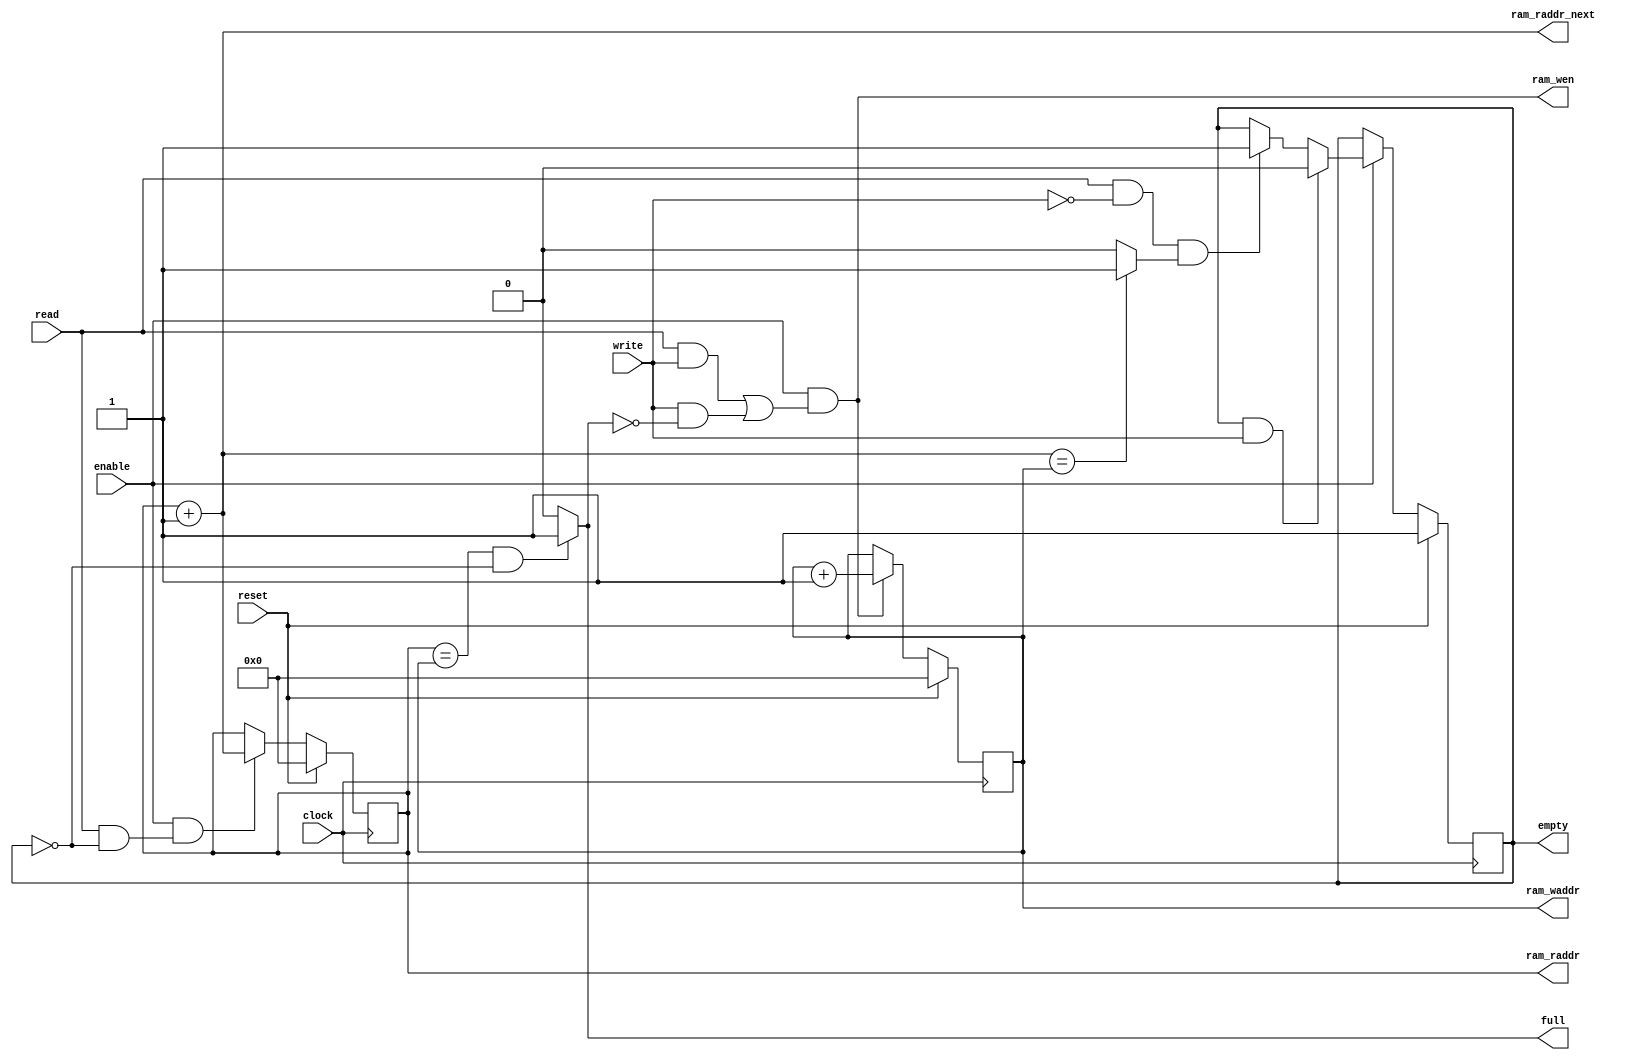
`timescale 1ns / 1ps
/* RAMFIFO_ctrl_counter.v
 * Counter-based control for RAM FIFO
 */
module RAMFIFO_ctrl_counter (
    clock,
    reset,
    enable,
    write,
    read,
    full,
    empty,
    ram_wen,
    ram_waddr,
    ram_raddr,
	ram_raddr_next
);
    parameter WIDTH = 36;
    parameter LOG_DEP = 6;
    localparam DEPTH = 1 << LOG_DEP;
    
    input                   clock;
    input                   reset;
    input                   enable;
    input                   write;
    input                   read;
    
    output                  full;
    output                  empty;
    output                  ram_wen;
    output    [LOG_DEP-1:0] ram_waddr;
    output    [LOG_DEP-1:0] ram_raddr;
	output    [LOG_DEP-1:0] ram_raddr_next;

    // Control signals
    wire                valid_write;
    wire                valid_read;
    wire                next_head_is_tail;
    wire  [LOG_DEP-1:0] next_head;
    wire  [LOG_DEP-1:0] next_tail;
    
    reg                 empty;
    reg   [LOG_DEP-1:0] tail;
    reg   [LOG_DEP-1:0] head;
    
    // Output
    assign full = (head == tail && empty == 1'b0) ? 1'b1 : 1'b0;
    assign ram_wen = valid_write;
    assign ram_waddr = tail;
    assign ram_raddr = head;
	assign ram_raddr_next = next_head;

    // Valid write, high when valid to write data to the FIFO
    assign valid_write = enable & ((read & write) | (write & ~full));
    assign valid_read = enable & (read & ~empty);
    
    // Empty state
    always @(posedge clock)
    begin
        if (reset)
            empty <= 1'b1;
		else if (enable)
		begin
			if (empty & write)
				empty <= 1'b0;
			else if (read & ~write & next_head_is_tail)
				empty <= 1'b1;
		end
    end
    
    // W   R   Action
    // 0   0   head <= head, tail <= tail
    // 0   1   head <= head + 1, tail <= tail
    // 1   0   head <= head, tail = tail + 1
    // 1   1   head <= head + 1, tail <= tail + 1
    always @(posedge clock)
    begin
        if (reset)
        begin
            head <= {(LOG_DEP){1'b0}};
            tail <= {(LOG_DEP){1'b0}};
        end
        else
        begin
            if (valid_read)     head <= next_head;
            if (valid_write)    tail <= next_tail;
        end
    end
    
    assign next_head_is_tail = (next_head == tail) ? 1'b1 : 1'b0;
    assign next_head = head + 1;
    assign next_tail = tail + 1;
    
endmodule